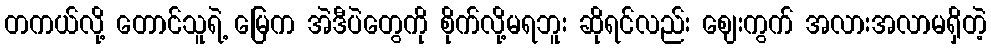
တကယ်လို့ တောင်သူရဲ့ မြေက အဲဒီပဲတွေကို စိုက်လို့မရဘူး ဆိုရင်လည်း ဈေးကွက် အလားအလာမရှိတဲ့